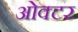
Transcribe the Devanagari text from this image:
ओक्टर